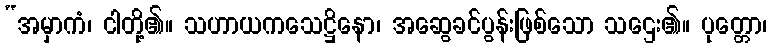
“အမှာကံ၊ ငါတို့၏။ သဟာယကသေဋ္ဌိနော၊ အဆွေခင်ပွန်းဖြစ်သော သဌေး၏။ ပုတ္တော၊